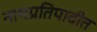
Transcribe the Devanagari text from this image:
नाथप्रतिपादीत